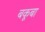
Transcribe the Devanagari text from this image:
बकूबा